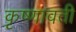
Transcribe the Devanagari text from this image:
कृष्णावती